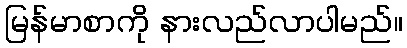
မြန်မာစာကို နားလည်လာပါမည်။